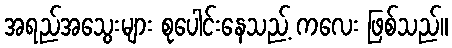
အရည်အသွေးများ စုပေါင်းနေသည့် ကလေး ဖြစ်သည်။